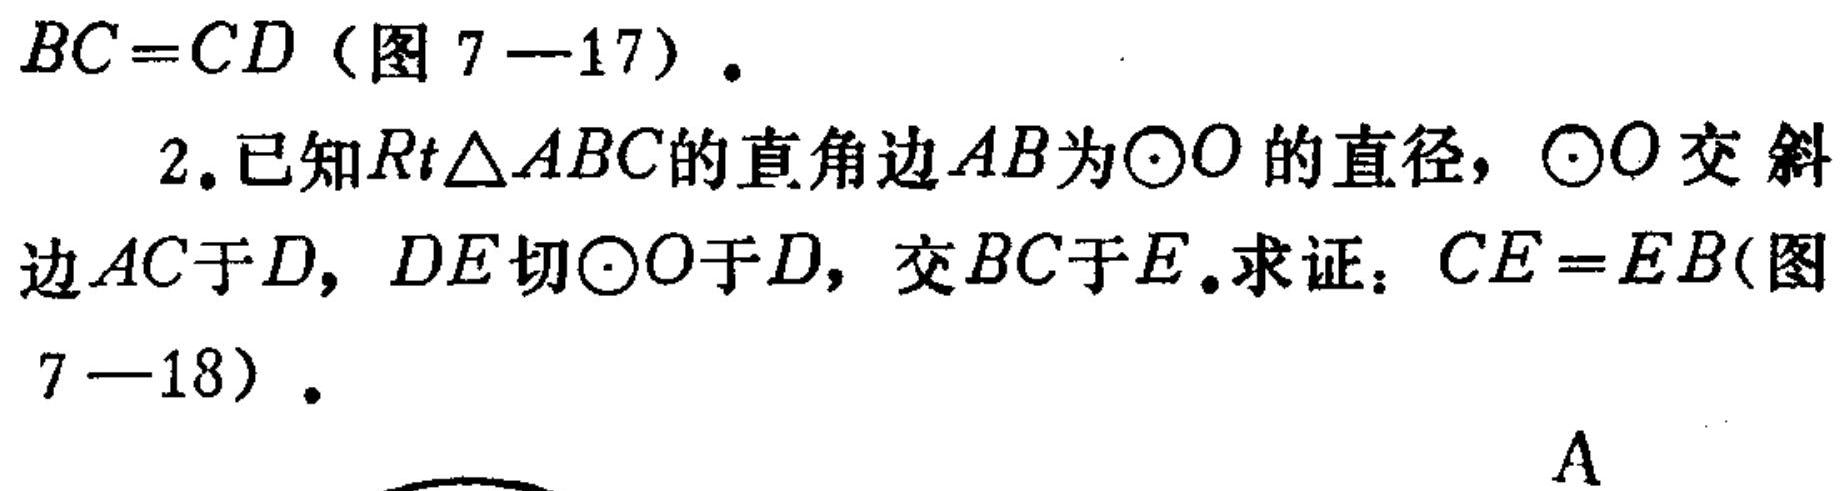
$BC = CD$（图 7—17）.
2. 已知$Rt\triangle ABC$的直角边$AB$为$\odot O$的直径，$\odot O$交斜边$AC$于$D$，$DE$切$\odot O$于$D$，交$BC$于$E$. 求证：$CE = EB$(图 7—18）.